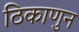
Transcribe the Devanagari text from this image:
ठिकाणुन